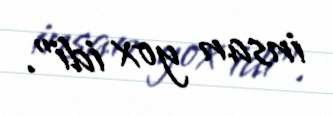
insan yox idi".